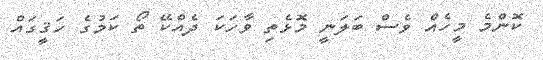
ކޮންމެ މީހެއް ވެސް ބަލަނީ މޮޅެތި ވާހަކަ ދެއްކޭ ތޯ ކަމުގެ ހަޤީގައް